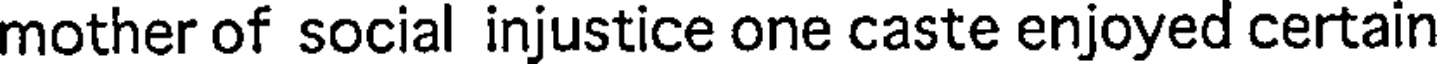
mother of social injustice one caste enjoyed certain